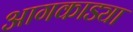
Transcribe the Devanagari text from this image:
आगकाड्या